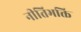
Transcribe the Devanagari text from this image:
नीतिभक्ति